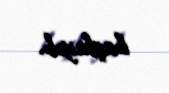
başlayıb.